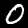
Digit: 0